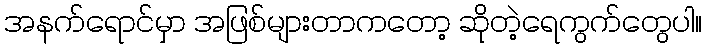
အနက်ရောင်မှာ အဖြစ်များတာကတော့ ဆိုတဲ့ရေကွက်တွေပါ။